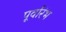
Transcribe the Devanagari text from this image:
पूर्वारंभ